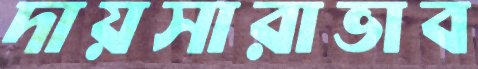
দায়সারাভাব